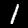
Label: 1